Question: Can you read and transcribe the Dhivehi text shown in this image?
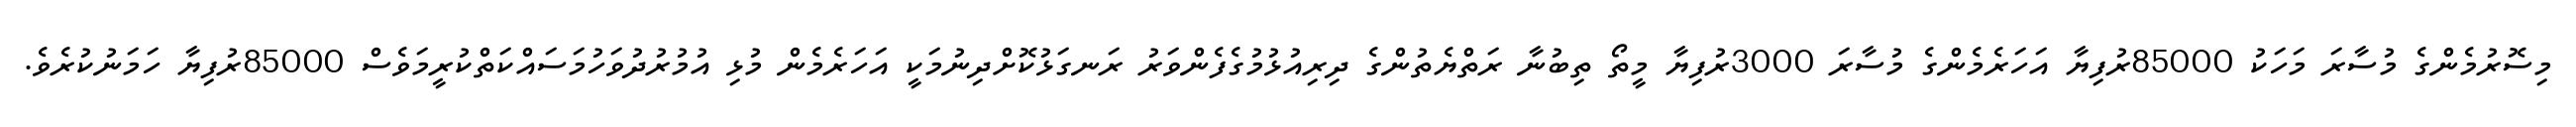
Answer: މިސޮރުމެންގެ މުސާރަ މަހަކު 85000ރުފިޔާ އަހަރެމެންގެ މުސާރަ 3000ރުފިޔާ މީތޯ ތިބުނާ ރަތްޔެތުންގެ ދިރިއުޅުމުގެފެންވަރު ރަނގަޅުކޮށްދިނުމަކީ އަހަރެމެން މުޅި އުމުރުދުވަހުމަސައްކަތްކުރީމަވެސް 85000ރުފިޔާ ހަމަނުކުރެވެ.